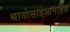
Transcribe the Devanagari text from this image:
थायोसाइआनाइड